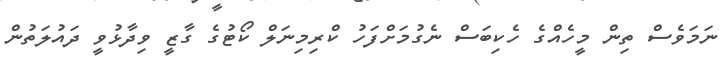
ނަމަވެސް ތިން މީހެއްގެ ހެކިބަސް ނެގުމަށްފަހު ކްރިމިނަލް ކޯޓުގެ ގާޒީ ވިދާޅުވީ ދައުލަތުން